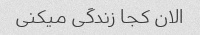
الان کجا زندگی میکنی